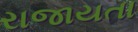
રાજાયતા